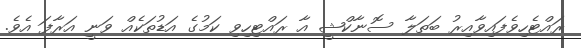
ރައްޓެހިވެފައިވާއިރު ބަތަލާ ސޮނާކްޝީ އާ ރައްޓިހިވި ކަމުގެ އަޑުތަކެއް ވަނީ އަރާފަ އެވެ.